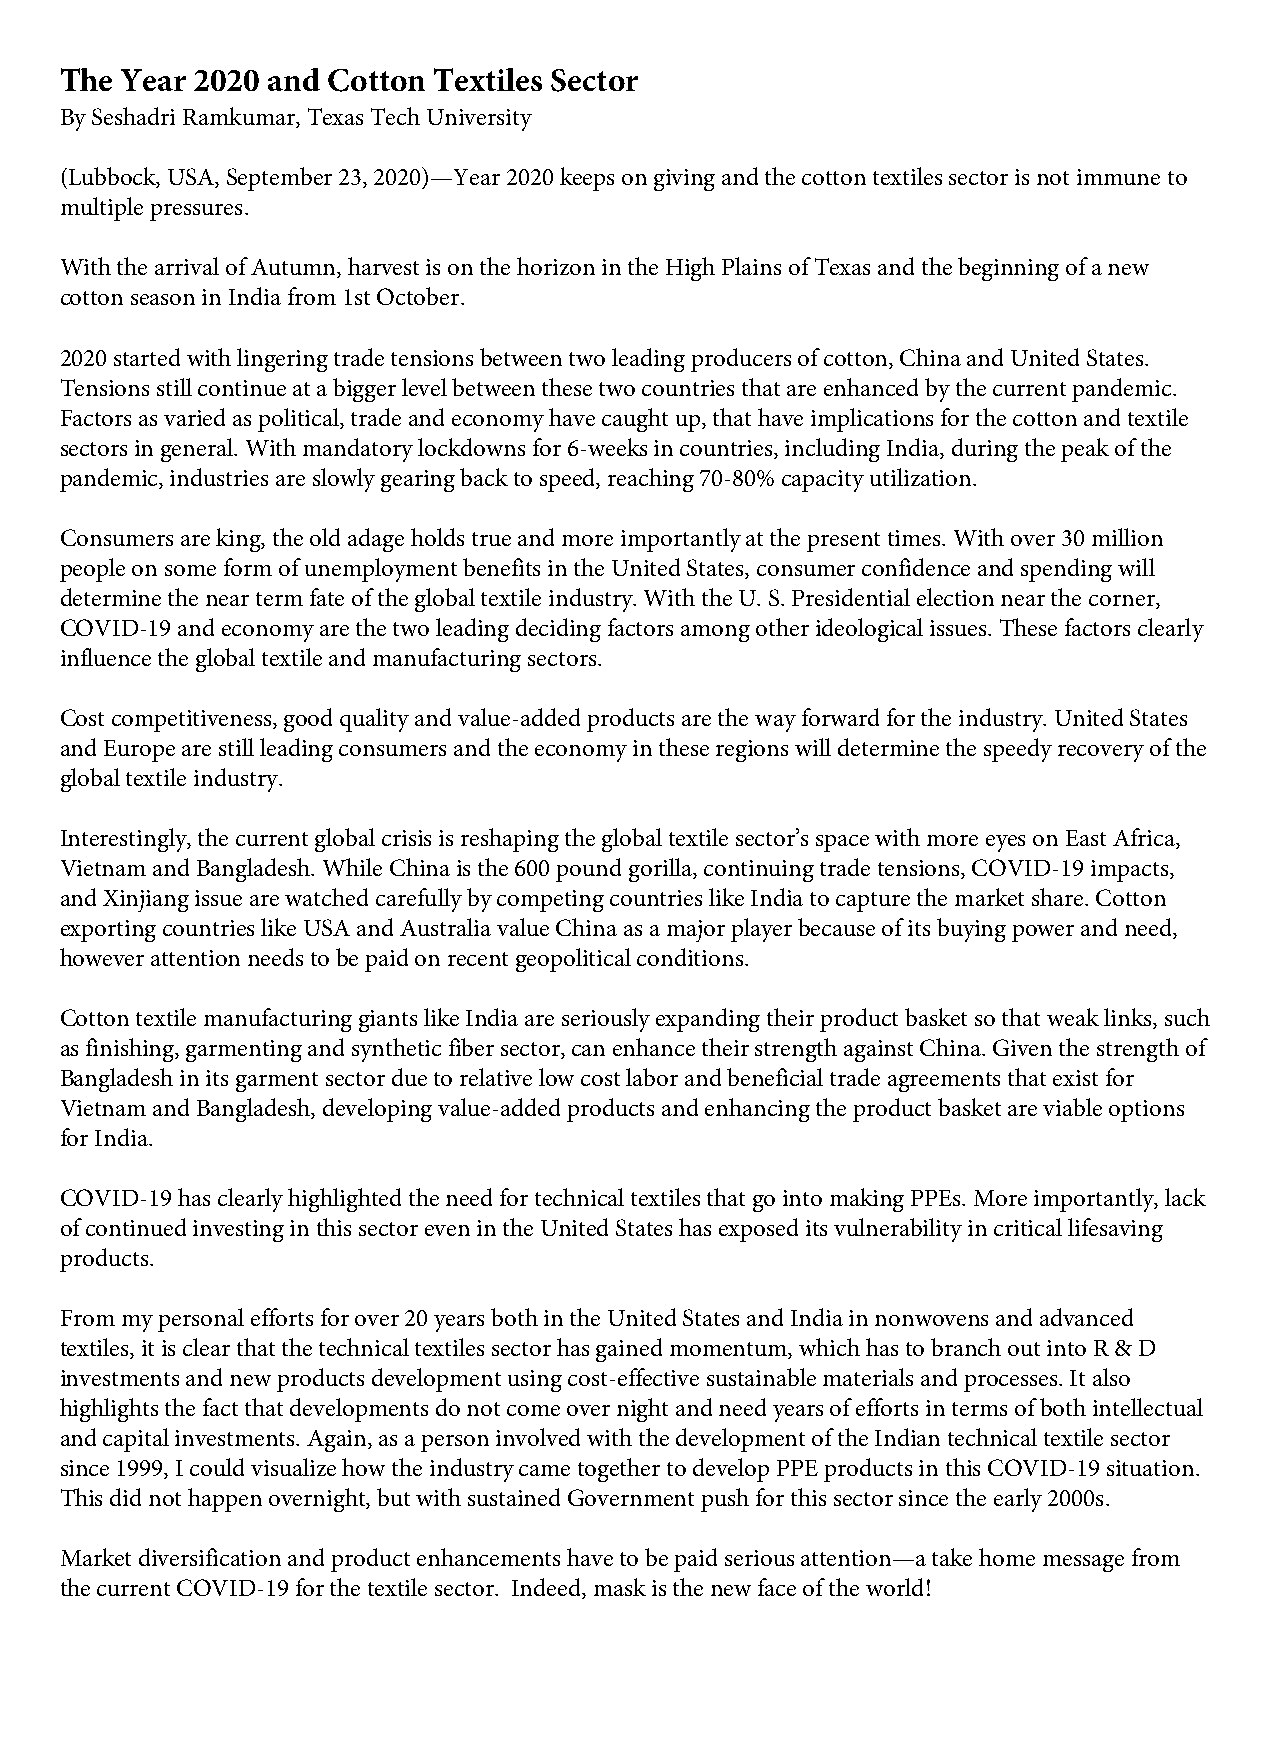
The Year 2020 and Cotton Textiles Sector
 By Seshadri Ramkumar, Texas Tech University
 (Lubbock, USA, September 23, 2020)—Year 2020 keeps on giving and the cotton textiles sector is not immune to
 multiple pressures.
 With the arrival of Autumn, harvest is on the horizon in the High Plains of Texas and the beginning of a new
 cotton season in India from 1st October.
 2020 started with lingering trade tensions between two leading producers of cotton, China and United States.
 Tensions still continue at a bigger level between these two countries that are enhanced by the current pandemic.
 Factors as varied as political, trade and economy have caught up, that have implications for the cotton and textile
 sectors in general. With mandatory lockdowns for 6-weeks in countries, including India, during the peak of the
 pandemic, industries are slowly gearing back to speed, reaching 70-80% capacity utilization.
 Consumers are king, the old adage holds true and more importantly at the present times. With over 30 million
 people on some form of unemployment benefits in the United States, consumer confidence and spending will
 determine the near term fate of the global textile industry. With the U. S. Presidential election near the corner,
 COVID-19 and economy are the two leading deciding factors among other ideological issues. These factors clearly
 influence the global textile and manufacturing sectors.
 Cost competitiveness, good quality and value-added products are the way forward for the industry. United States
 and Europe are still leading consumers and the economy in these regions will determine the speedy recovery of the
 global textile industry.
 Interestingly, the current global crisis is reshaping the global textile sector’s space with more eyes on East Africa,
 Vietnam and Bangladesh. While China is the 600 pound gorilla, continuing trade tensions, COVID-19 impacts,
 and Xinjiang issue are watched carefully by competing countries like India to capture the market share. Cotton
 exporting countries like USA and Australia value China as a major player because of its buying power and need,
 however attention needs to be paid on recent geopolitical conditions.
 Cotton textile manufacturing giants like India are seriously expanding their product basket so that weak links, such
 as finishing, garmenting and synthetic fiber sector, can enhance their strength against China. Given the strength of
 Bangladesh in its garment sector due to relative low cost labor and beneficial trade agreements that exist for
 Vietnam and Bangladesh, developing value-added products and enhancing the product basket are viable options
 for India.
 COVID-19 has clearly highlighted the need for technical textiles that go into making PPEs. More importantly, lack
 of continued investing in this sector even in the United States has exposed its vulnerability in critical lifesaving
 products.
 From my personal efforts for over 20 years both in the United States and India in nonwovens and advanced
 textiles, it is clear that the technical textiles sector has gained momentum, which has to branch out into R & D
 investments and new products development using cost-effective sustainable materials and processes. It also
 highlights the fact that developments do not come over night and need years of efforts in terms of both intellectual
 and capital investments. Again, as a person involved with the development of the Indian technical textile sector
 since 1999, I could visualize how the industry came together to develop PPE products in this COVID-19 situation.
 This did not happen overnight, but with sustained Government push for this sector since the early 2000s.
 Market diversification and product enhancements have to be paid serious attention—a take home message from
 the current COVID-19 for the textile sector. Indeed, mask is the new face of the world!